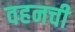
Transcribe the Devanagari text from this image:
वहनची